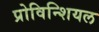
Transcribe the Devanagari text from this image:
प्रोविन्शियल